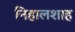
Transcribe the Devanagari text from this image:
निहालशाह